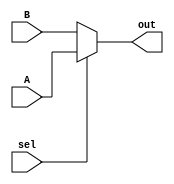
`timescale 1ns / 1ps
//////////////////////////////////////////////////////////////////////////////////
// Company: 
// Engineer: 
// 
// Design Name: 
// Module Name:    mux2to1 
// Project Name: 
// Target Devices: 
// Tool versions: 
// Description: 
//
// Dependencies: 
//
// Revision: 
// Revision 0.01 - File Created
// Additional Comments: 
//
//////////////////////////////////////////////////////////////////////////////////
module Mux2To1(A, B, sel, out);
	input [31:0] A, B;
	input sel;
	output [31:0] out;
	
	assign out = (sel) ? A : B;

endmodule